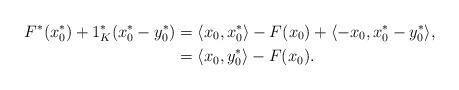
LaTeX: \begin{align*} F^*(x_0^*) + 1_K^*(x_0^*-y_0^*) &= \langle x_0, x_0^* \rangle - F(x_0) + \langle -x_0, x_0^* -y_0^* \rangle,\\ &= \langle x_0, y_0^* \rangle - F(x_0).\end{align*}